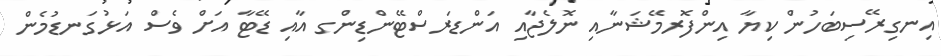
އިނގިރޭސިބަހުން ކިޔާ އިންފޮރމޭޝަނާއި ނޮލެޖާއި އަންޑަރސްޓޭންޑިންގ އާއި ޑޭޓާ އަށް ވެސް އަޅުގަނޑުމެން